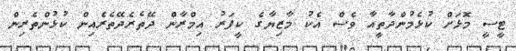
ޓީސީ މޮޅަށް ކުޅެމުންދާތީއާ ވެސް އެކު މާޒިޔާގެ ކީޕަރު އިމްރާން ދޭތެރެދޭތެރެއިން ކުޅުންތެރިން